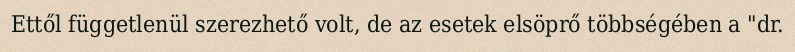
Ettől függetlenül szerezhető volt, de az esetek elsöprő többségében a "dr.